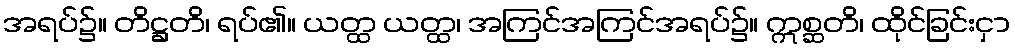
အရပ်၌။ တိဋ္ဌတိ၊ ရပ်၏။ ယတ္ထ ယတ္ထ၊ အကြင်အကြင်အရပ်၌။ ဣစ္ဆတိ၊ ထိုင်ခြင်းငှာ